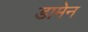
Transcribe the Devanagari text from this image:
डामेन